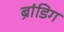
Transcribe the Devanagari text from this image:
ब्रांडिग